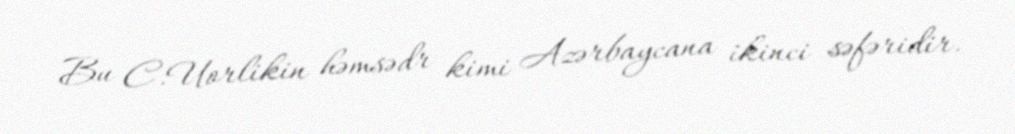
Bu C.Uorlikin həmsədr kimi Azərbaycana ikinci səfəridir.